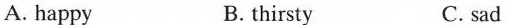
A. happy B.thirsty C. sad